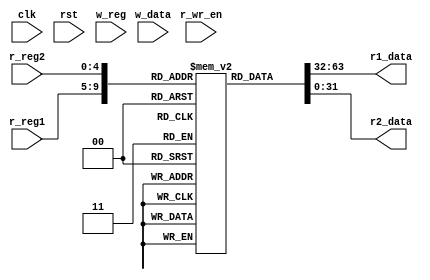
 module register_file (clk,rst,r_wr_en,r_reg1,r_reg2,w_reg,w_data,r1_data,r2_data) ;
 
      input clk;
	  input rst;
      input r_wr_en;
	  input [4:0] r_reg1;
	  input [4:0]  r_reg2;
	  input [4:0] w_reg;
	  output [31:0] r1_data;
	  output [31:0] r2_data;
	  input [31:0] w_data;
      reg [31:0] memdata [31:0];
      
   
      
     initial
        begin
        

         memdata[0] = 32'b00000000001000100001100000100000;
         memdata[1] = 32'b00000000001000100001100000100010;
		 memdata[2] = 32'b00000000001000100001100000100011;
		 memdata[3] = 32'b00000000001000100001100000100101;
		 memdata[4] = 32'b10000000001000100001100000100000;
		 memdata[5] = 32'b00000000001000100001100000100000;
         memdata[6] = 32'b00000000001000100001100000100010;
		 memdata[7] = 32'b00000000001000100001100000100100;
		 memdata[8] = 32'b00000000001000100001100000100101;
		 memdata[9] = 32'b10000000001000100001100000100000;
		memdata[10] = 32'b00000000001000100001100000100000;
        memdata[11] = 32'b00000000001000100001100000100010;
		memdata[12] = 32'b00000000001000100001100000100100;
		memdata[13] = 32'b00000000001000100001100000100101;
		memdata[14] = 32'b10000000001000100001100000100000;
		memdata[15] = 32'b00000000001000100001100000100000;
        memdata[16] = 32'b00000000001000100001100000100010;
		memdata[17] = 32'b00000000001000100001100000100100;
		memdata[18] = 32'b00000000001000100001100000100101;
		memdata[19] = 32'b10000000001000100001100000100000;
		memdata[20] = 32'b00000000001000100001100000100000;
        memdata[21] = 32'b00000000001000100001100000100010;
		memdata[22] = 32'b00000000001000100001100000100100;
		memdata[23] = 32'b00000000001000100001100000100101;
		memdata[24] = 32'b10000000001000100001100000100000;
		memdata[25] = 32'b00000000001000100001100000100000;
        memdata[26] = 32'b00000000001000100001100000100010;
		memdata[27] = 32'b00000000001000100001100000100100;
		memdata[28] = 32'b00000000001000100001100000100101;
		memdata[29] = 32'b10000000001000100001100000100000;
		memdata[30] = 32'b00000000001000100001100000100000;
        memdata[31] = 32'b00000000001000100001100000100010;
  end
      assign  r1_data=memdata[r_reg1]; 
	  assign  r2_data=memdata[r_reg2];
	     /* always
	    begin
		  if(r_wr_en ==1'b1)
		   begin 
		    memdata[w_reg] == w_data;
		  end
		end  */
		
	  
  endmodule